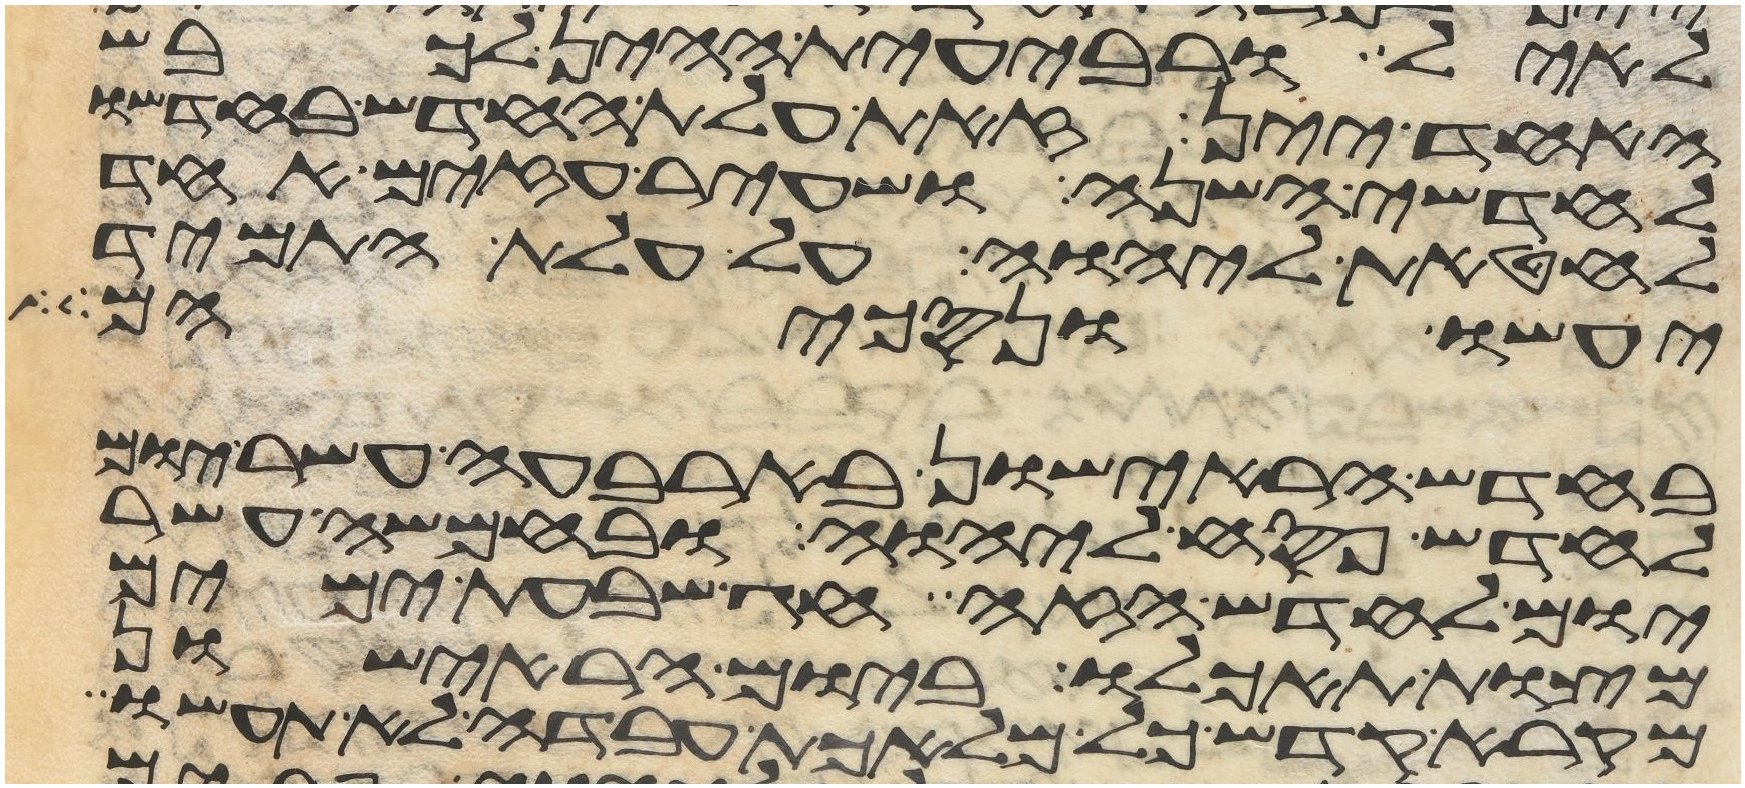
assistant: לאיל ורביעית ההין לכבש
האחד יין זאת עלת החדש בחדשו
לחדשי השנה ושעיר עזים אחד
לחטאת ליהוה על עלת התמיד
יעשו ונסכיהם
בחדש הראישון בארבעה עשר יום
לחדש פסח ליהוה ובחמשה עשר
יום לחדש הזה חג שבעת ימים
מצות תאכלו ביום הראישון
מקרא קדש כל מלאכת עבדה לא תעשו